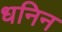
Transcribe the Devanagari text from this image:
धनिन